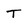
Character: T